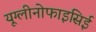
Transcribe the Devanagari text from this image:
यूग्लीनोफाइसिई